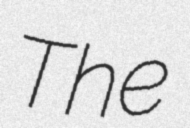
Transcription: The